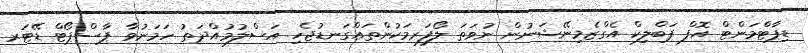
ޑިޕާޓްމަންޓް އޮފް ޕަބްލިކް އެގްޒެމިނޭޝަނުން ނުވަތަ ލޯފަރމަކުންތައްގަނޑުޖެހި އަސްލުމުއްދަތު ހަމަނުވާ ޕާސްޕޯޓް ޑޭޓަރ